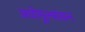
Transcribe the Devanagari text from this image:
अधोमूल्यांकन